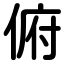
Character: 俯